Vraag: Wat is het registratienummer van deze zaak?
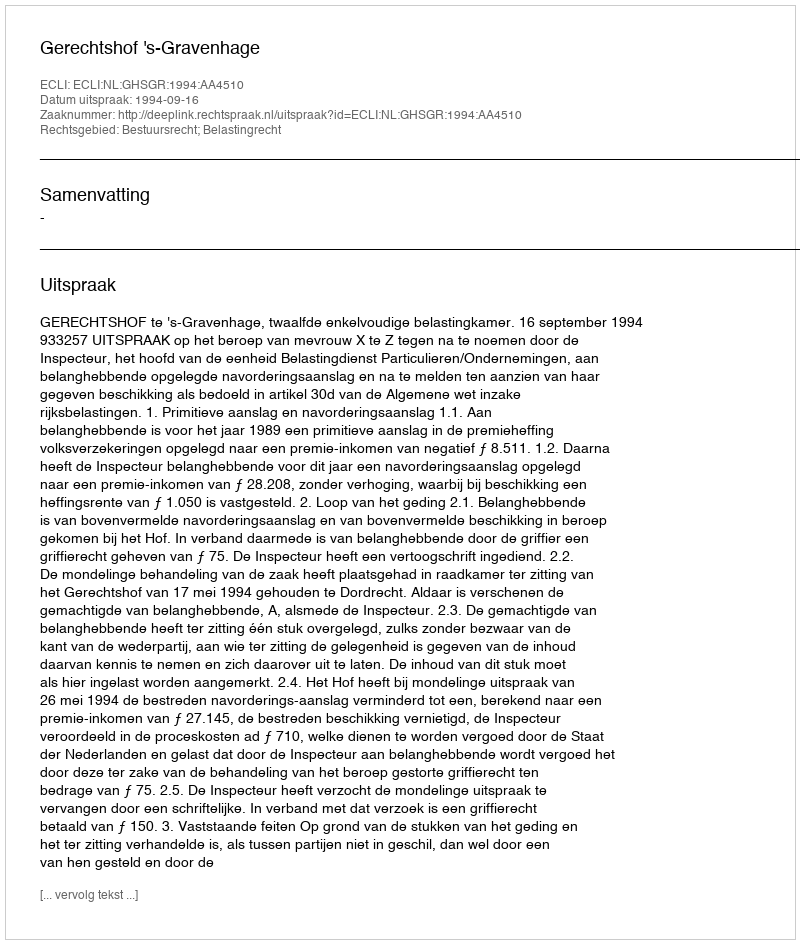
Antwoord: http://deeplink.rechtspraak.nl/uitspraak?id=ECLI:NL:GHSGR:1994:AA4510